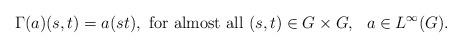
LaTeX: \begin{align*}\Gamma (a)(s,t) = a(st), \mbox{ for almost all } (s,t)\in G\times G, \ \ a\in L^{\infty}(G).\end{align*}